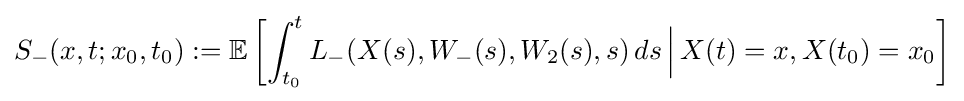
S_{-}(x,t;x_{0},t_{0}):=\mathbb {E} \left[\int _{t_{0}}^{t}L_{-}(X(s),W_{-}(s),W_{2}(s),s)\,ds\,{\Big |}\,X(t)=x,X(t_{0})=x_{0}\right]